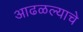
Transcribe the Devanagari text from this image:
आढळल्याचे